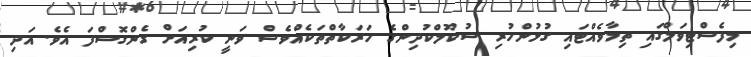
މިފެސްޓިވަލްގައި ތިމާވެއްޓައި ގުޅުންހުރި ސުކޫލްކުދިންގެ ހަރަކާތްތަކެއްވެސް ވަނީ ކުރިއަށް ގެންގޮސްފަ އެވެ. އަދި